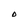
Character: D